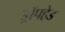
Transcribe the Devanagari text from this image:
ड्रॉपहेड